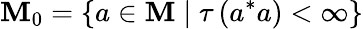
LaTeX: \mathbf{M}_{0}=\left\{ a\in\mathbf{M}\mid\tau\left(a^{*}a\right)<\infty\right\}